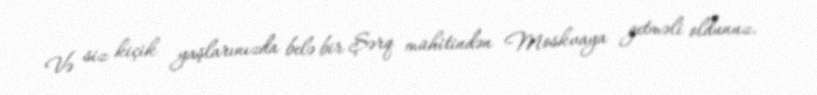
Və siz kiçik yaşlarınızda belə bir Şərq mühitindən Moskvaya getməli oldunuz.